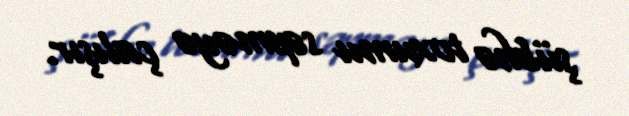
şübhə toxumu səpməyə çalışır.